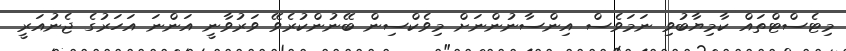
މިޓެސްޓްތައް ކާމިޔާބުވި ނަމަވެސް އިންސާނުންނަށް މިވެކްސިން ބޭނުންކުރެވޭ ވަރުވާނީ އަންނަ އަހަރުގެ ޖެނުއަރީ